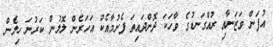
އުފަން ވަޒަނާއި ރުއްގަނޑުގެ ވާހަކަ ދޮންދައިތަ ފެށުމާއެކު އަހަރެން ލޮލުން ކަރުނަ ހިލެން